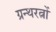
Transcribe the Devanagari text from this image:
ग्रन्थरत्नों